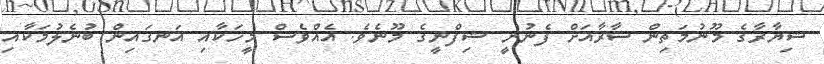
ޝިޔާރާގެ މޫނުމަތިން ސާރާއަށް ފެނުނީ ޝިފްނީގެ މޫނެވެ. އެއްވެސް މީހަކާއި އަނގައިން ބުނެލުމަކާއި